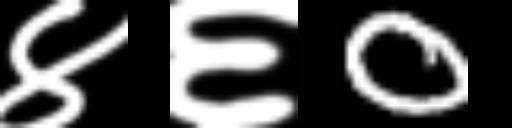
Text: ४६0